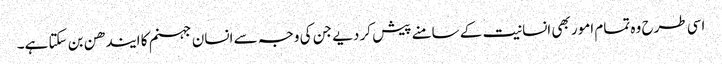
اسی طرح وہ تمام امور بھی انسانیت کے سامنے پیش کر دیے جن کی وجہ سے انسان جہنم کا ایندھن بن سکتا ہے۔